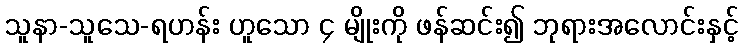
သူနာ-သူသေ-ရဟန်း ဟူသော ၄ မျိုးကို ဖန်ဆင်း၍ ဘုရားအလောင်းနှင့်